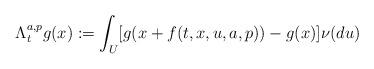
LaTeX: \begin{align*} \Lambda^{a,p}_t g(x):= \int_U [g(x + f(t,x, u, a, p)) -g(x)] \nu(du)\end{align*}